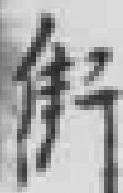
街